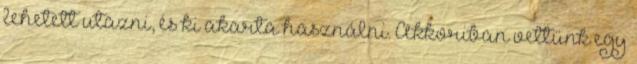
lehetett utazni, és ki akarta használni. Akkoriban vettünk egy